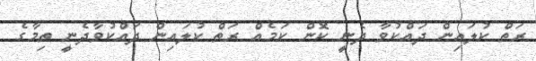
ރަތް ކުލައިން ދައްކުވާ ދެނީ ކޮން ކަމެއް ރަތް ކުލައިން ދައްކުވާދެނީ ތިމާގެ